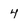
Character: 4